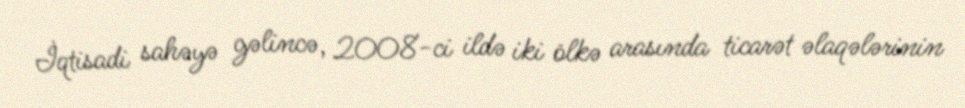
İqtisadi sahəyə gəlincə, 2008-ci ildə iki ölkə arasında ticarət əlaqələrinin